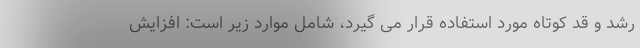
رشد و قد کوتاه مورد استفاده قرار می گیرد، شامل موارد زیر است: افزایش